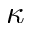
\kappa